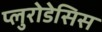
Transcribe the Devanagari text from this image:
प्लुरोडेसिस